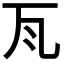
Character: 𭺛